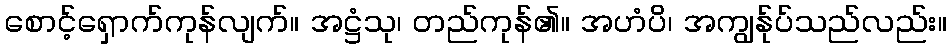
စောင့်ရှောက်ကုန်လျက်။ အဋ္ဌံသု၊ တည်ကုန်၏။ အဟံပိ၊ အကျွန်ုပ်သည်လည်း။